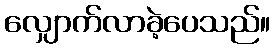
လျှောက်လာခဲ့ပေသည်။